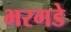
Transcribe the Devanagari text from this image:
भरगडे